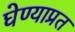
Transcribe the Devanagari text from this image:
घेण्याप्रत